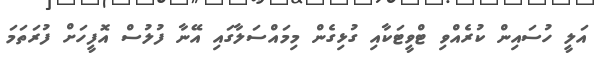
އަލީ ހުސައިން ކުރެއްވި ޓްވީޓަކާއި ގުޅިގެން މިމައްސަލާގައި އޭނާ ފުލުސް އޮފީހަށް ފުރަތަމަ